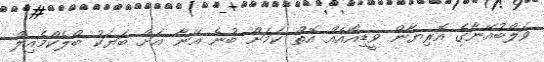
ވަލްބުއޭނާގެ އޮރިޔާން ވީޑިއޯއެއް އޮތް ކަމަށް ބުނެ އޭނާ އަށް ބަޔަކު ބްލެކްމެއިލް